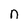
Character: n